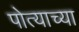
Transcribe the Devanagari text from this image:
पोत्याच्या